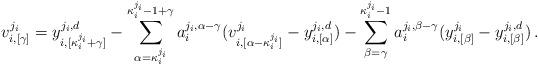
LaTeX: \begin{align*}v_{i,[\gamma]}^{j_{i}}=y_{i,[\kappa_{i}^{j_{i}}+\gamma]}^{j_{i},d}-\sum_{\alpha=\kappa_{i}^{j_{i}}}^{\kappa_{i}^{j_{i}}-1+\gamma}a_{i}^{j_{i},\alpha-\gamma}(v_{i,[\alpha-\kappa_{i}^{j_{i}}]}^{j_{i}}-y_{i,[\alpha]}^{j_{i},d})-\sum_{\beta=\gamma}^{\kappa_{i}^{j_{i}}-1}a_{i}^{j_{i},\beta-\gamma}(y_{i,[\beta]}^{j_{i}}-y_{i,[\beta]}^{j_{i},d})\,.\end{align*}